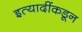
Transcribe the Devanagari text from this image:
इत्यादींकडून